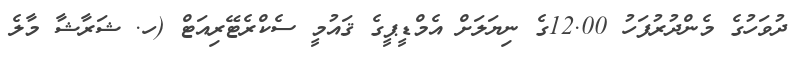
ދުވަހުގެ މެންދުރުފަހު 12.00ގެ ނިޔަލަށް އެމްޑީޕީގެ ޤައުމީ ސެކްރެޓޭރިއަޓް (ހ. ޝަރާޝާ މާލެ